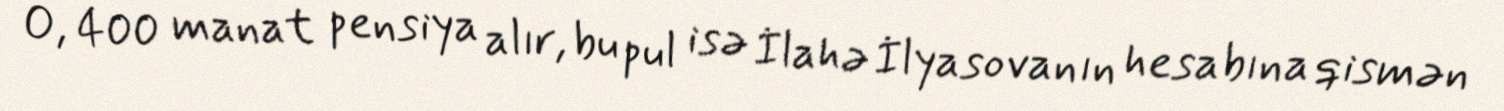
O, 400 manat pensiya alır, bu pul isə İlahə İlyasovanın hesabına qismən